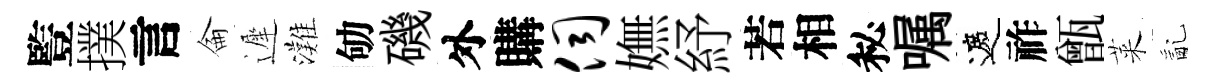
䜿撲言侖遲灘劬磯外購伺嫵紓若相秘嘱遮祚甑萊亂